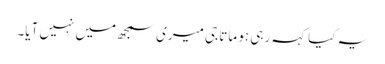
یہ کیا کہہ رہی ہو ماتا جی میری سمجھ میں نہیں آیا۔